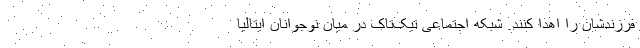
فرزندشان را اهدا کنند. شبکه اجتماعی تیک‌تاک در میان نوجوانان ایتالیا